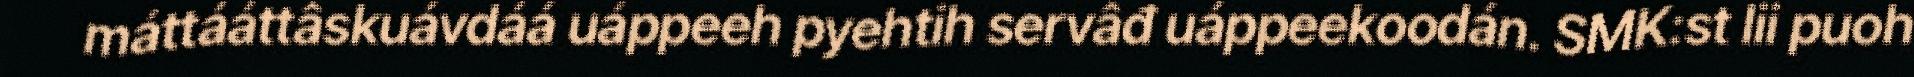
máttááttâskuávdáá uáppeeh pyehtih servâđ uáppeekoodán. SMK:st lii puoh